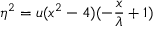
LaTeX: \eta ^ { 2 } = u ( x ^ { 2 } - 4 ) ( - \frac { x } { \lambda } + 1 )